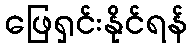
ဖြေရှင်းနိုင်ရန်